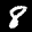
Label: 8